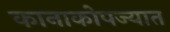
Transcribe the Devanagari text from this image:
कानाकोपज्यात